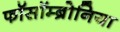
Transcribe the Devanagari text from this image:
फॉसॉम्ब्रोनिया